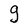
Character: g